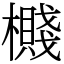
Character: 㰄